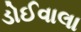
ડોઈવાલા